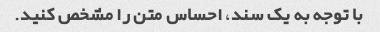
با توجه به یک سند، احساس متن را مشخص کنید.